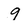
Character: 9